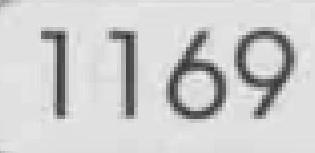
1169